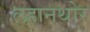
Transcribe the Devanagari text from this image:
लहानथोर